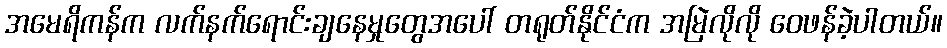
အမေရိကန်က လက်နက်ရောင်းချနေမှုတွေအပေါ် တရုတ်နိုင်ငံက အမြဲလိုလို ဝေဖန်ခဲ့ပါတယ်။